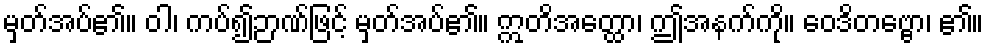
မှတ်အပ်၏။ ဝါ၊ ကပ်၍ဉာဏ်ဖြင့် မှတ်အပ်၏။ ဣတိအတ္ထော၊ ဤအနက်ကို။ ဝေဒိတဗ္ဗော၊ ၏။